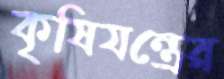
কৃষিযন্ত্রের